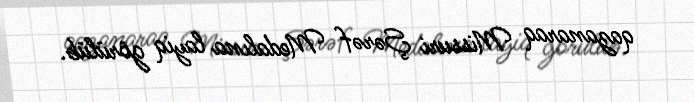
qazanaraq Missuri Şərəf Medalına layiq görülüb.